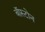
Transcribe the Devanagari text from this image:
बाॅस्टोन